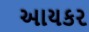
આયકર